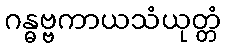
ဂန္ဓဗ္ဗကာယသံယုတ္တံ